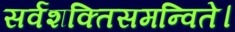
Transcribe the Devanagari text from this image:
सर्वशक्तिसमन्विते।